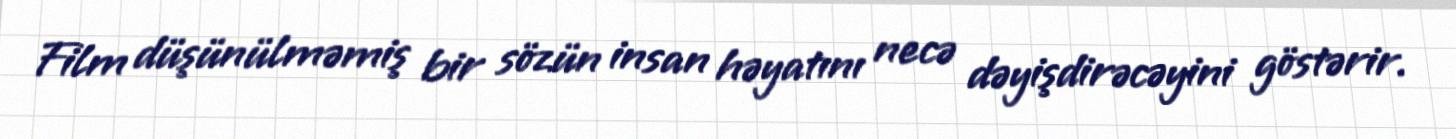
Film düşünülməmiş bir sözün insan həyatını necə dəyişdirəcəyini göstərir.